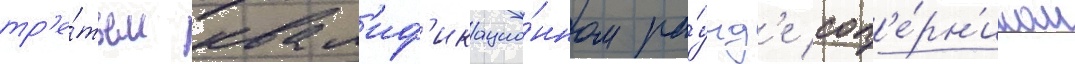
тр'е́тьем квал'иф'икацио́нном ра́унд'е соп'е́рн'иком